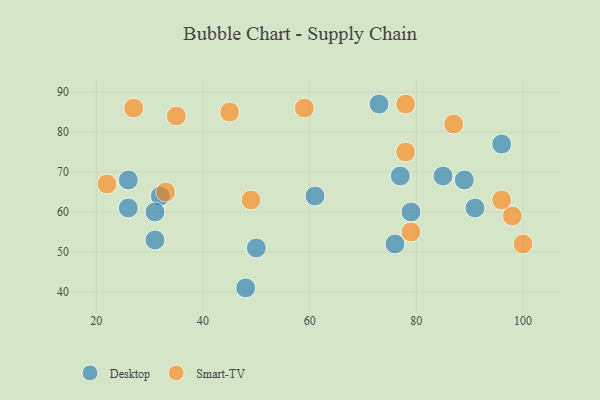
{"axis": {"x": "GDP", "y": "Life Expectancy"}, "legend": ["Desktop", "Smart-TV"], "data": [{"x": "85", "y": 69, "type": "Desktop"}, {"x": "26", "y": 68, "type": "Desktop"}, {"x": "32", "y": 64, "type": "Desktop"}, {"x": "61", "y": 64, "type": "Desktop"}, {"x": "96", "y": 77, "type": "Desktop"}, {"x": "76", "y": 52, "type": "Desktop"}, {"x": "91", "y": 61, "type": "Desktop"}, {"x": "50", "y": 51, "type": "Desktop"}, {"x": "73", "y": 87, "type": "Desktop"}, {"x": "26", "y": 61, "type": "Desktop"}, {"x": "31", "y": 60, "type": "Desktop"}, {"x": "77", "y": 69, "type": "Desktop"}, {"x": "48", "y": 41, "type": "Desktop"}, {"x": "31", "y": 53, "type": "Desktop"}, {"x": "79", "y": 60, "type": "Desktop"}, {"x": "89", "y": 68, "type": "Desktop"}, {"x": "100", "y": 52, "type": "Smart-TV"}, {"x": "33", "y": 65, "type": "Smart-TV"}, {"x": "98", "y": 59, "type": "Smart-TV"}, {"x": "49", "y": 63, "type": "Smart-TV"}, {"x": "22", "y": 67, "type": "Smart-TV"}, {"x": "96", "y": 63, "type": "Smart-TV"}, {"x": "79", "y": 55, "type": "Smart-TV"}, {"x": "45", "y": 85, "type": "Smart-TV"}, {"x": "27", "y": 86, "type": "Smart-TV"}, {"x": "35", "y": 84, "type": "Smart-TV"}, {"x": "59", "y": 86, "type": "Smart-TV"}, {"x": "78", "y": 75, "type": "Smart-TV"}, {"x": "78", "y": 87, "type": "Smart-TV"}, {"x": "87", "y": 82, "type": "Smart-TV"}]}